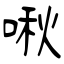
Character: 啾